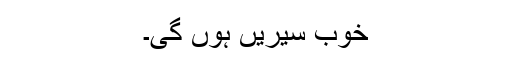
خوب سیریں ہوں گی۔